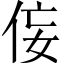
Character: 侫